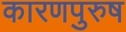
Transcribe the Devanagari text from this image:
कारणपुरुष